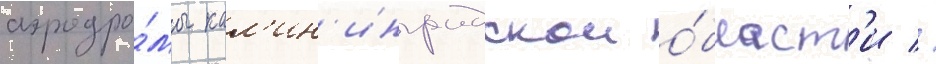
аэродро́мы кал'ин'инградскои о́бласт'и //